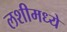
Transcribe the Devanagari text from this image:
लशीमध्ये